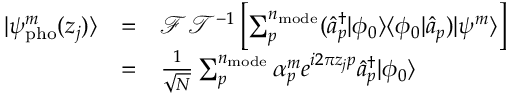
\begin{array} { c c l } { | \psi _ { \mathrm { p h o } } ^ { m } ( z _ { j } ) \rangle } & { = } & { \mathcal { F T } ^ { - 1 } \left[ \sum _ { p } ^ { n _ { \mathrm { m o d e } } } ( \hat { a } _ { p } ^ { \dagger } | \phi _ { 0 } \rangle \langle \phi _ { 0 } | \hat { a } _ { p } ) | \psi ^ { m } \rangle \right] } \\ & { = } & { \frac { 1 } { \sqrt N } \sum _ { p } ^ { n _ { \mathrm { m o d e } } } \alpha _ { p } ^ { m } e ^ { i 2 \pi z _ { j } p } \hat { a } _ { p } ^ { \dagger } | \phi _ { 0 } \rangle } \end{array}